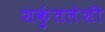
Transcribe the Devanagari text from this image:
शकुंतलेशी